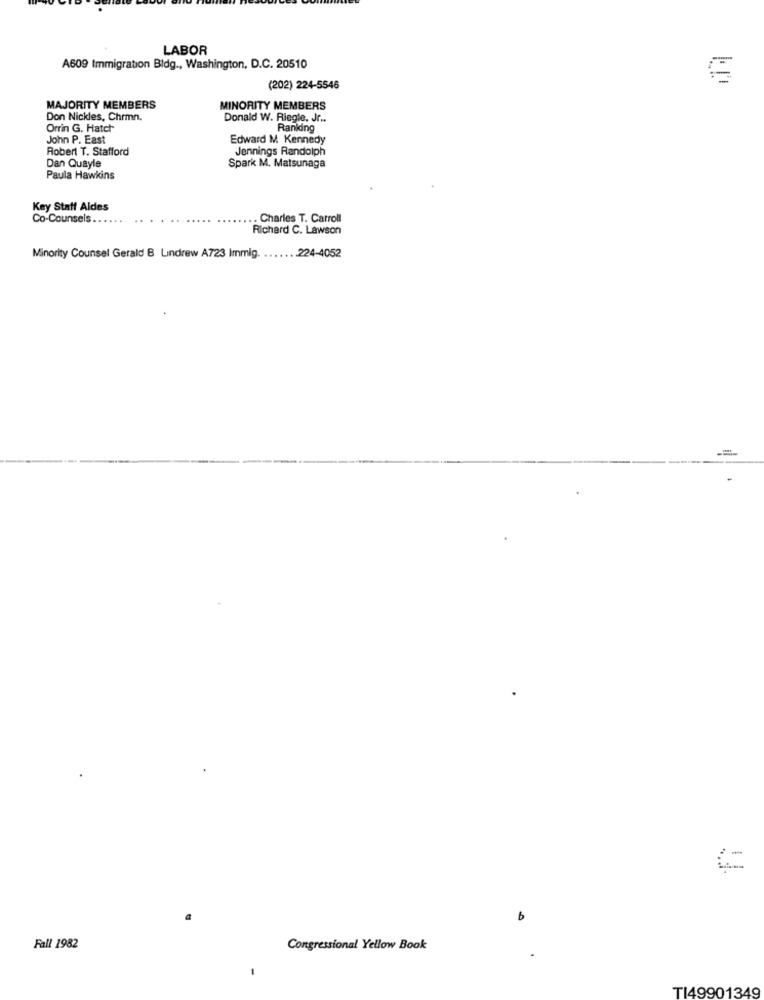
LABOR
A609 Immigration Bldg ., Washington, D.C. 20510
(202) 224-5546
MAJORITY MEMBERS
MINORITY MEMBERS
Don Nickles, Chrmn.
Donald W. Riegle. Jr ..
Orrin G. Hatch
Ranking
John P. East
Edward M. Kennedy
Robert T. Stafford
Jennings Randolph
Dan Quayle
Spark M. Matsunaga
Paula Hawkins
Key Staff Aldes
Co-Counsels.
. Charles T. Carroll
Richard C. Lawson
Minority Counsel Gerald B Lindrew A723 Immig.
. . 224-4052
Fall 1982
Congressional Yellow Book
TI49901349